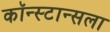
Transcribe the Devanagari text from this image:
कॉन्स्टान्सला